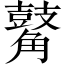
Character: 𪔝